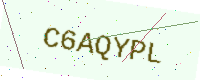
Text: C6AQYPL